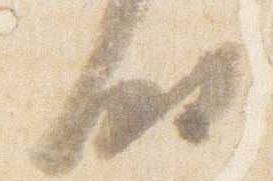
時